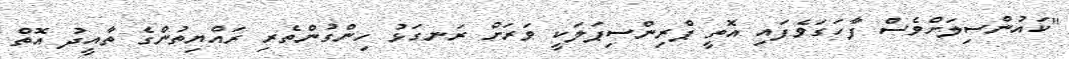
"ކައުންސިލަށްވެސް ފާހަގަވެފައި އޮތީ ޕްރިންސިޕަލަކީ ވަރަށް ރަނގަޅު ހިންގުންތެރި ރައްޔިތުންގެ ތާއީދު އޮތް